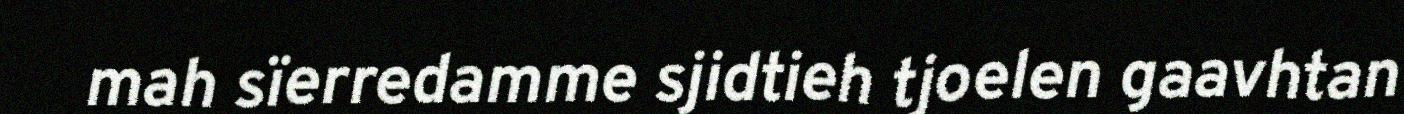
mah sïerredamme sjidtieh tjoelen gaavhtan